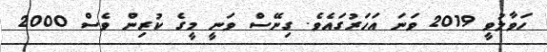
ހަވާލުވީ 2019 ވަނަ އަހަރުގައެވެ. ގިނޭސް ވަނީ މީގެ ކުރިން ވެސް 2000